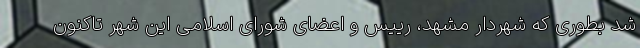
شد بطوری که شهردار مشهد، رییس و اعضای شورای اسلامی این شهر تاکنون